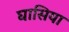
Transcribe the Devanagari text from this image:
घासिया